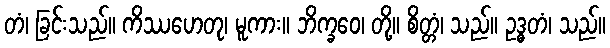
တံ၊ ခြင်းသည်။ ကိဿဟေတု၊ မူကား။ ဘိက္ခဝေ၊ တို့။ စိတ္တံ၊ သည်။ ဥဒ္ဓတံ၊ သည်။